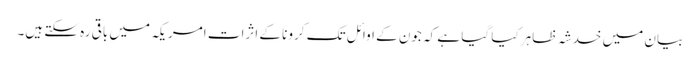
بیان میں خدشہ ظاہر کیا گیا ہے کہ جون کے اوائل تک کرونا کے اثرات امریکہ میں باقی رہ سکتے ہیں۔